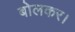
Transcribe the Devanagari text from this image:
बोलकर।